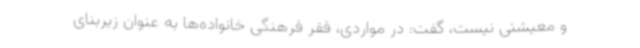
و معیشتی نیست، گفت: در مواردی، فقر فرهنگی خانواده‌ها به عنوان زیربنای